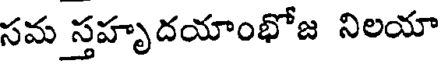
సమ స్తహృదయాంభోజ నిలయా